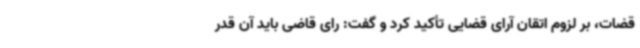
قضات، بر لزوم اتقان آرای قضایی تأکید کرد و گفت: رای قاضی باید آن قدر